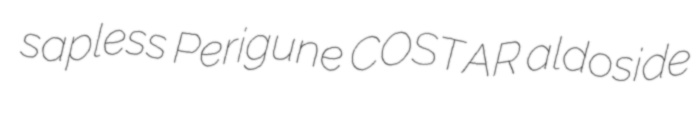
sapless Perigune COSTAR aldoside